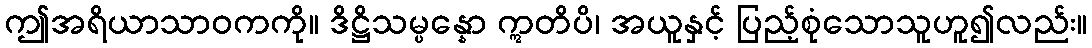
ဤအရိယာသာဝကကို။ ဒိဋ္ဌိသမ္ပန္နော ဣတိပိ၊ အယူနှင့် ပြည့်စုံသောသူဟူ၍လည်း။